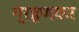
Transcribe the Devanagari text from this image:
ग्रहणकर